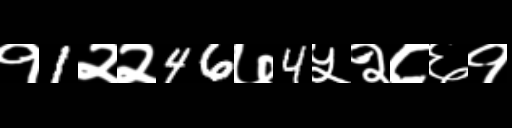
Text: १1२२46७4५२८६१